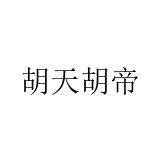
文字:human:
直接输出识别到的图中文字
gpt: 胡天胡帝